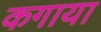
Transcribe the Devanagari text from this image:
कगाया